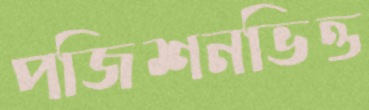
পজিশনভিত্ত